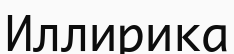
Иллирика